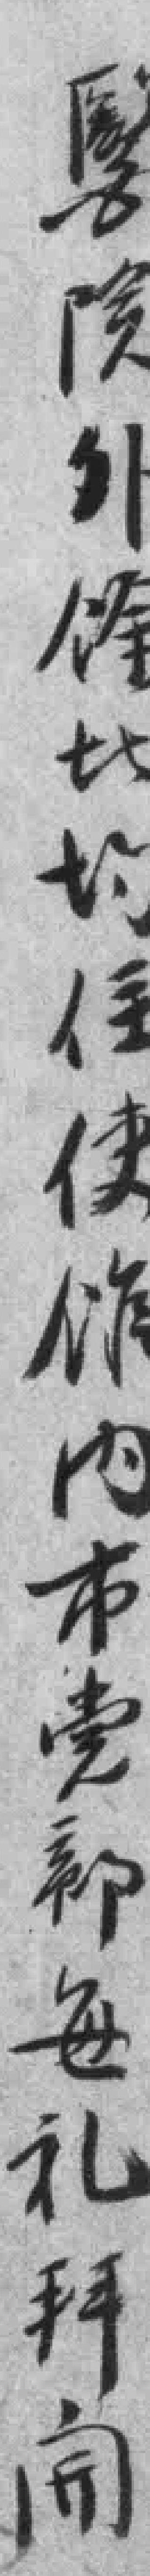
醫院外馀此均住使馆內市党部每礼拜𫔭